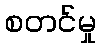
စတင်မှု